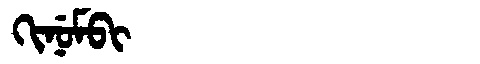
Manchu: ᡴᡳᠨᡠᠮᠪᡳ
Romanization: KINUMBI